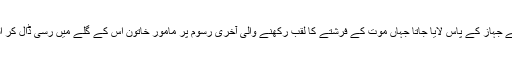
آخری جھونپڑی میں 6 سے 7 افراد مل کر اس کے ساتھ جنسی فعل انجام دیتے اور پھر اسے جہاز کے پاس لایا جاتا جہاں موت کے فرشتے کا لقب رکھنے والی آخری رسوم پر مامور خاتون اس کے گلے میں رسی ڈال کر اسے دو آدمیوں کو کھینچنے کا حکم دیتی اور خود لونڈی کے سینے میں خنجر گھونپ دیتی۔